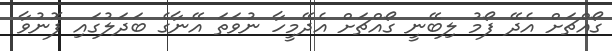
ގޯއްޗަށް އެދޭ ފޯމު ލިބޭނީ ގޯއްޗަށް އެދޭމީހާ ނުވަތަ އޭނާގެ ބަދަލުގައި ފޮނުވާ